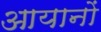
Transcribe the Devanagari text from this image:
आयानों